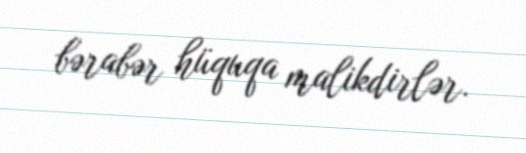
bərabər hüquqa malikdirlər.